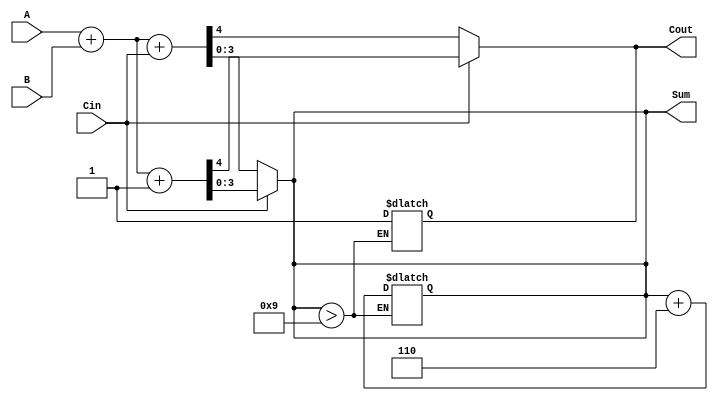
module BCD_MCSA (
    input [3:0] A,      // 4-bit BCD input A
    input [3:0] B,      // 4-bit BCD input B
    input Cin,          // Carry-in
    output reg [3:0] Sum, // 4-bit BCD output Sum
    output reg Cout      // Carry-out
);

    // Intermediate signals
    wire [4:0] sum0, sum1; // 5-bit to accommodate carry
    wire C0, C1;           // Carry outputs for both paths

    // Initial binary addition for carry-in = 0
    assign sum0 = A + B + Cin; // Sum with Cin = 0
    assign C0 = sum0[4];       // Carry out for sum0

    // Initial binary addition for carry-in = 1
    assign sum1 = A + B + 1'b1; // Sum with Cin = 1
    assign C1 = sum1[4];        // Carry out for sum1

    // Select the appropriate sum based on the actual carry-in
    always @(*) begin
        if (Cin) begin
            Sum = sum1[3:0]; // Select sum1 if Cin = 1
            Cout = C1;       // Select carry out for sum1
        end else begin
            Sum = sum0[3:0]; // Select sum0 if Cin = 0
            Cout = C0;       // Select carry out for sum0
        end
    end

    // BCD Correction Logic
    always @(*) begin
        // Check if the sum exceeds BCD limit (greater than 9)
        if (Sum > 9) begin
            Sum = Sum + 6; // Add 6 to correct BCD
            Cout = Cout | 1'b1; // Set carry out if correction is applied
        end
    end

endmodule